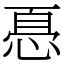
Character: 㥑